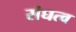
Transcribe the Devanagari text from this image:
संघत्व